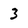
Character: 3